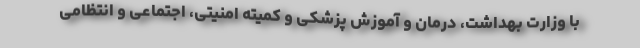
با وزارت بهداشت، درمان و آموزش پزشکی و کمیته امنیتی، اجتماعی و انتظامی